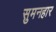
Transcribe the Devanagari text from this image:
सुमनहार